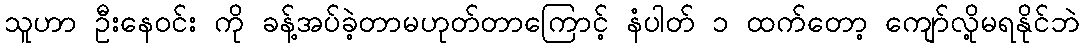
သူဟာ ဦးနေဝင်း ကို ခန့်အပ်ခဲ့တာမဟုတ်တာကြောင့် နံပါတ် ၁ ထက်တော့ ကျော်လို့မရနိုင်ဘဲ